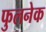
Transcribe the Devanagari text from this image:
फुलनेक